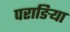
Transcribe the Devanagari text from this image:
पराङिया